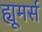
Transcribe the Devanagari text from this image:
ह्यूमर्स